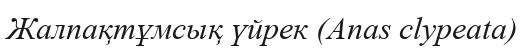
Жалпақтұмсық үйрек (Anas clypeata)